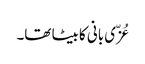
عُزّی بانی کا بیٹا تھا۔